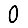
Digit: 0